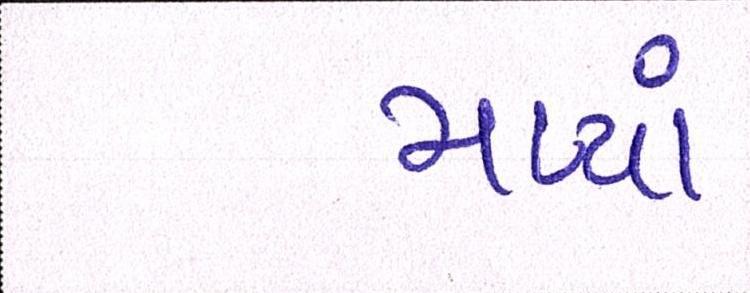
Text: મળ્યાં